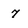
Character: 7